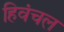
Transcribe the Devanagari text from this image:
हिवंचल